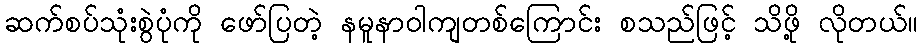
ဆက်စပ်သုံးစွဲပုံကို ဖော်ပြတဲ့ နမူနာဝါကျတစ်ကြောင်း စသည်ဖြင့် သိဖို့ လိုတယ်။